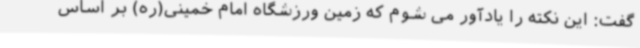
گفت: این نکته را یادآور می شوم که زمین ورزشگاه امام خمینی(ره) بر اساس